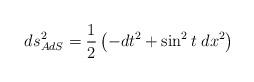
LaTeX: \begin{align*}ds^2_{AdS}=\frac{1}{2}\left( -dt^2+\sin^2 t \; dx^2\right)\end{align*}